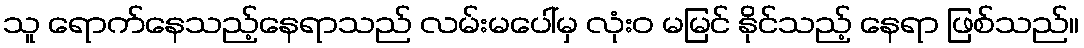
သူ ရောက်နေသည့်နေရာသည် လမ်းမပေါ်မှ လုံးဝ မမြင် နိုင်သည့် နေရာ ဖြစ်သည်။